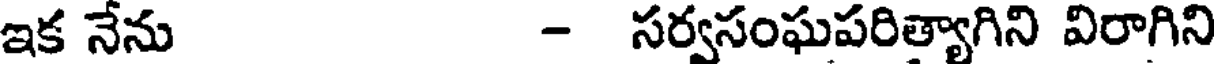
ఇక నేను - సర్వసంఘపరిత్యాగిని విరాగిని